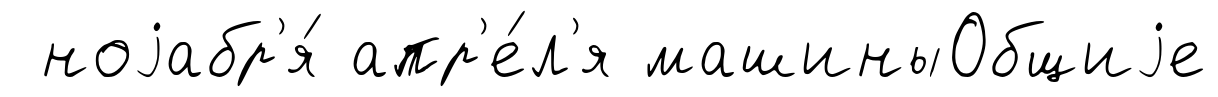
ноjабр'я́ апр'е́л'я машиныОбщиjе